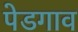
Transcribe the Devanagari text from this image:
पेडगाव